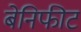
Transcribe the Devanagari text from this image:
बेनिफीट